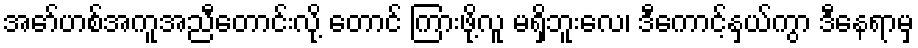
အော်ဟစ်အကူအညီတောင်းလို့ တောင် ကြားဖို့လူ မရှိဘူးလေ၊ ဒီကောင့်နှယ်ကွာ ဒီနေရာမှ